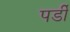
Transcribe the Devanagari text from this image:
पर्डी